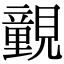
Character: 䚒